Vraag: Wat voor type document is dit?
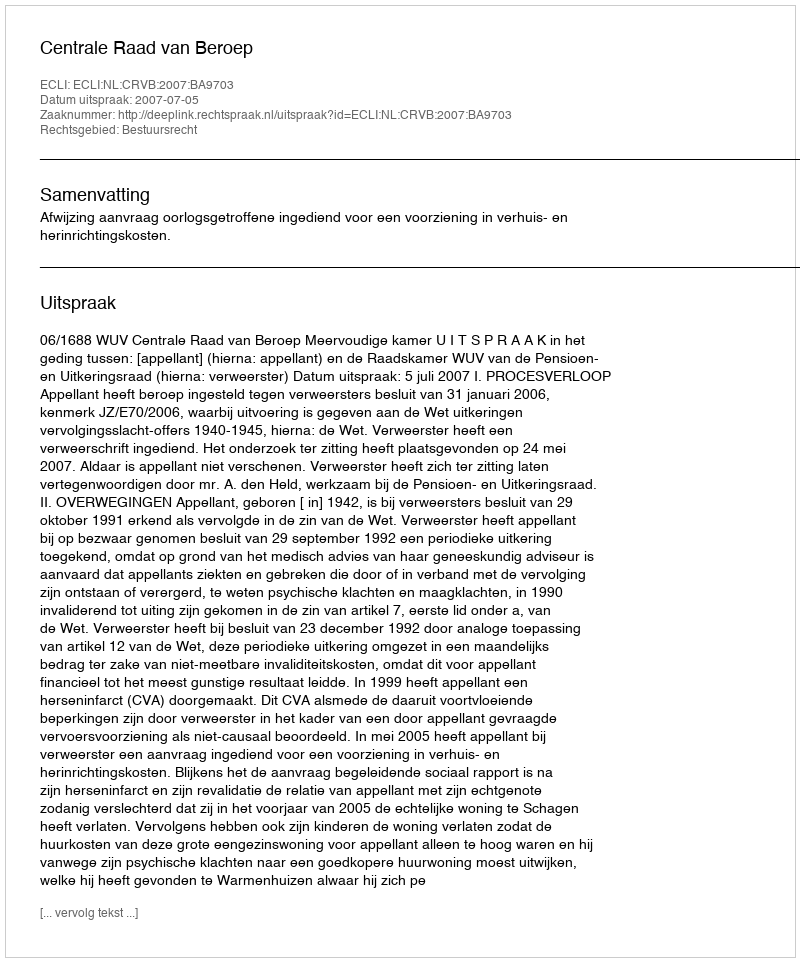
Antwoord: Uitspraak